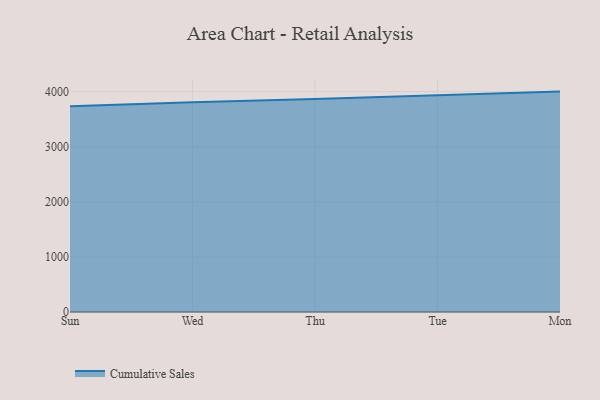
{"axis": {"x": "Day", "y": "Energy Usage (MWh)"}, "legend": ["Cumulative Sales"], "data": [{"x": "Sun", "y": 3736.1, "type": "Cumulative Sales"}, {"x": "Wed", "y": 3808.0, "type": "Cumulative Sales"}, {"x": "Thu", "y": 3866.2, "type": "Cumulative Sales"}, {"x": "Tue", "y": 3936.4, "type": "Cumulative Sales"}, {"x": "Mon", "y": 4001.4, "type": "Cumulative Sales"}]}